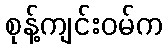
စုန့်ကျင်းဝမ်က